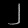
Digit: ၂